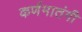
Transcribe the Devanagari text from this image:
कर्णमातंगी